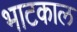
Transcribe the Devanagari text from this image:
भाटकाल